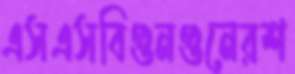
এসএসবিগুনগুনেরশ